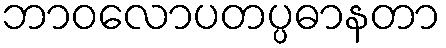
ဘာဝလောပတပ္ပဓာနတာ